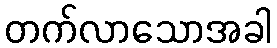
တက်လာသောအခါ